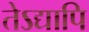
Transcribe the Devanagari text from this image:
तेऽद्यापि